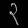
Digit: ၃